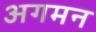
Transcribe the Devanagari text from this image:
अगमन